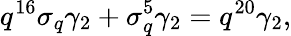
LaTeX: q^{16}\sigma_{q}\gamma_{2}+\sigma_{q}^{5}\gamma_{2}=q^{20}\gamma_{2},